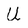
Character: U